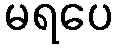
မရပေ